Report of the Indian Hemp Drugs Commission, 1894-1895 - Volume IV
Year: 1894
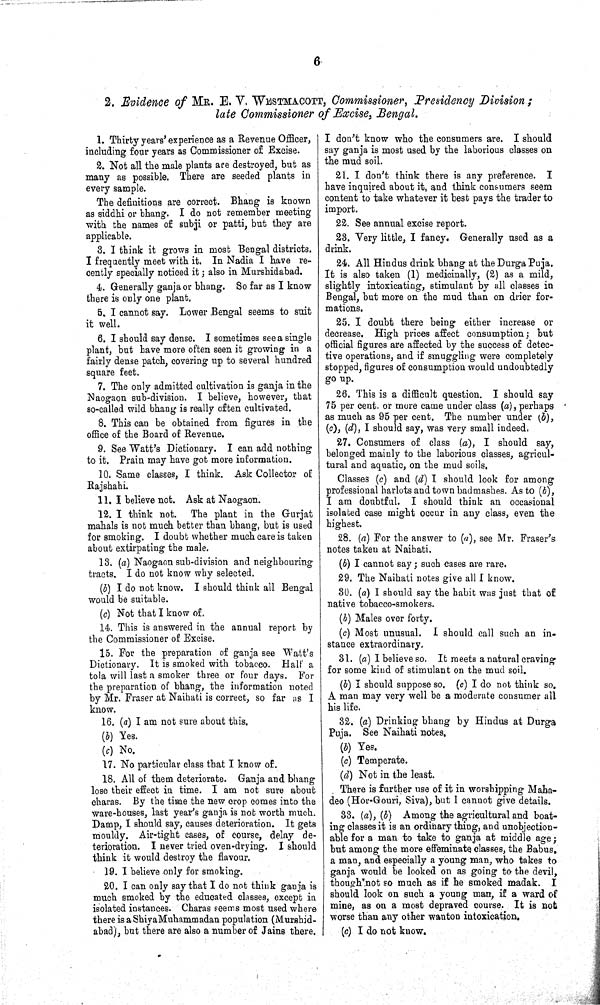
6
2. Evidence of MR. E. V. WESTMACOTT, Commissioner, Presidency Division;
late Commissioner of Excise, Bengal.
1. Thirty years' experience as a Revenue Officer,
including four years as Commissioner of Excise.
2. Not all the male plants are destroyed, but as
many as possible. There are seeded plants in
every sample.
The definitions are correct. Bhang is known
as siddhi or bhang. I do not remember meeting
with the names of subji or patti, but they are
applicable.
3. I think it grows in most Bengal districts.
I frequently meet with it. In Nadia I have re-
cently specially noticed it; also in Murshidabad.
4. Generally ganja or bhang. So far as I know
there is only one plant.
5. I cannot say. Lower Bengal seems to suit
it well.
6. I should say dense. I sometimes see a single
plant, but have more often seen it growing in a
fairly dense patch, covering up to several hundred
square feet.
7. The only admitted cultivation is ganja in the
Naogaon sub-division. I believe, however, that
so-called wild bhang is really often cultivated.
8. This can be obtained from figures in the
office of the Board of Revenue.
9. See Watt's Dictionary. I can add nothing
to it. Prain may have got more information.
10. Same classes, I think. Ask Collector of
Rajshahi.
11. I believe not. Ask at Naogaon.
12. I think not. The plant in the Gurjat
mahals is not much better than bhang, but is used
for smoking. I doubt whether much care is taken
about extirpating the male.
13. (a) Naogaon sub-division and neighbouring
tracts. I do not know why selected.
(b) I do not know. I should think all Bengal
would be suitable.
(c) Not that I know of.
14. This is answered in the annual report by
the Commissioner of Excise.
15. For the preparation of ganja see Watt's
Dictionary. It is smoked with tobacco. Half a
tola will last a smoker three or four days. For
the preparation of bhang, the information noted
by Mr. Fraser at Naihati is correct, so far as I
know.
16. (a) I am not sure about this.
(b) Yes.
(c) No.
17. No particular class that I know of.
18. All of them deteriorate. Ganja and bhang
lose their effect in time. I am not sure about
charas. By the time the new crop comes into the
ware-houses, last year's ganja is not worth much.
Damp, I should say, causes deterioration. It gets
mouldy. Air-tight cases, of course, delay de-
terioration. I never tried oven-drying. I should
think it would destroy the flavour.
19. I believe only for smoking.
20. I can only say that I do not think ganja is
much smoked by the educated classes, except in
isolated instances. Charas seems most used where
there is a ShiyaMuhammadan population (Murshid-
abad), but there are also a number of Jains there.
I don't know who the consumers are. I should
say ganja is most used by the laborious classes on
the mud soil.
21. I don't think there is any preference. I
have inquired about it, and think consumers seem
content to take whatever it best pays the trader to
import.
22. See annual excise report.
23. Very little, I fancy. Generally used as a
drink.
24. All Hindus drink bhang at the Durga Puja.
It is also taken (1) medicinally, (2) as a mild,
slightly intoxicating, stimulant by all classes in
Bengal, but more on the mud than on drier for-
mations.
25. I doubt there being either increase or
decrease. High prices affect consumption; but
official figures are affected by the success of detec-
tive operations, and if smuggling were completely
stopped, figures of consumption would undoubtedly
go up.
26. This is a difficult question. I should say
75 per cent. or more came under class (a), perhaps
as much as 95 per cent. The number under (b),
(c), (d), I should say, was very small indeed.
27. Consumers of class (a), I should say,
belonged mainly to the laborious classes, agricul-
tural and aquatic, on the mud soils.
Classes (c) and (d) I should look for among
professional harlots and town badmashes. As to (b),
I am doubtful. I should think an occasional
isolated case might occur in any class, even the
highest.
28. (a) For the answer to (a), see Mr. Fraser's
notes taken at Naihati.
(b) I cannot say; such cases are rare.
29. The Naihati notes give all I know.
30. (a) I should say the habit was just that of
native tobacco-smokers.
(b) Males over forty.
(c) Most unusual. I should call such an in-
stance extraordinary.
31. (a) I believe so. It meets a natural craving
for some kind of stimulant on the mud soil.
(b) I should suppose so. (c) I do not think so.
A man may very well be a moderate consumer all
his life.
32. (a) Drinking bhang by Hindus at Durga
Puja. See Naihati notes.
(b) Yes.
(c) Temperate.
(d) Not in the least.
There is further use of it in worshipping Maha-
deo (Hor-Gouri, Siva), but I cannot give details.
33. (a), (b) Among the agricultural and boat-
ing classes it is an ordinary thing, and unobjection-
able for a man to take to ganja at middle age;
but among the more effeminate classes, the Babus,
a man, and especially a young man, who takes to
ganja would be looked on as going to the devil,
though not so much as if he smoked madak. I
should look on such a young man, if a ward of
mine, as on a most depraved course. It is not
worse than any other wanton intoxication.
(c) I do not know.